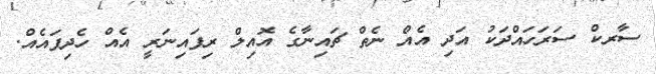
ސާރކް ސަރަހައްދަކު އަދި އެއް ނެތް ޗައިނާގެ އޮއިލް ރިފައިނަރީ އެއް ހެދިފައެއް.